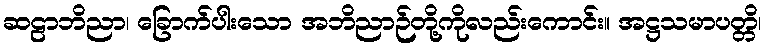
ဆဠာဘိညာ၊ ခြောက်ပါးသော အဘိညာဉ်တို့ကိုလည်းကောင်း။ အဋ္ဌသမာပတ္တိ၊